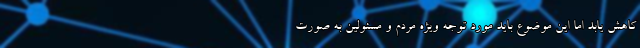
کاهش یابد اما این موضوع باید مورد توجه ویژه مردم و مسئولین به صورت